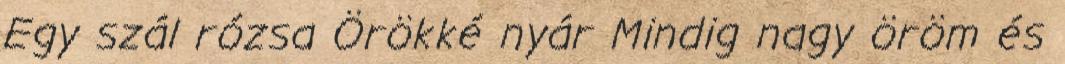
Egy szál rózsa Örökké nyár Mindig nagy öröm és